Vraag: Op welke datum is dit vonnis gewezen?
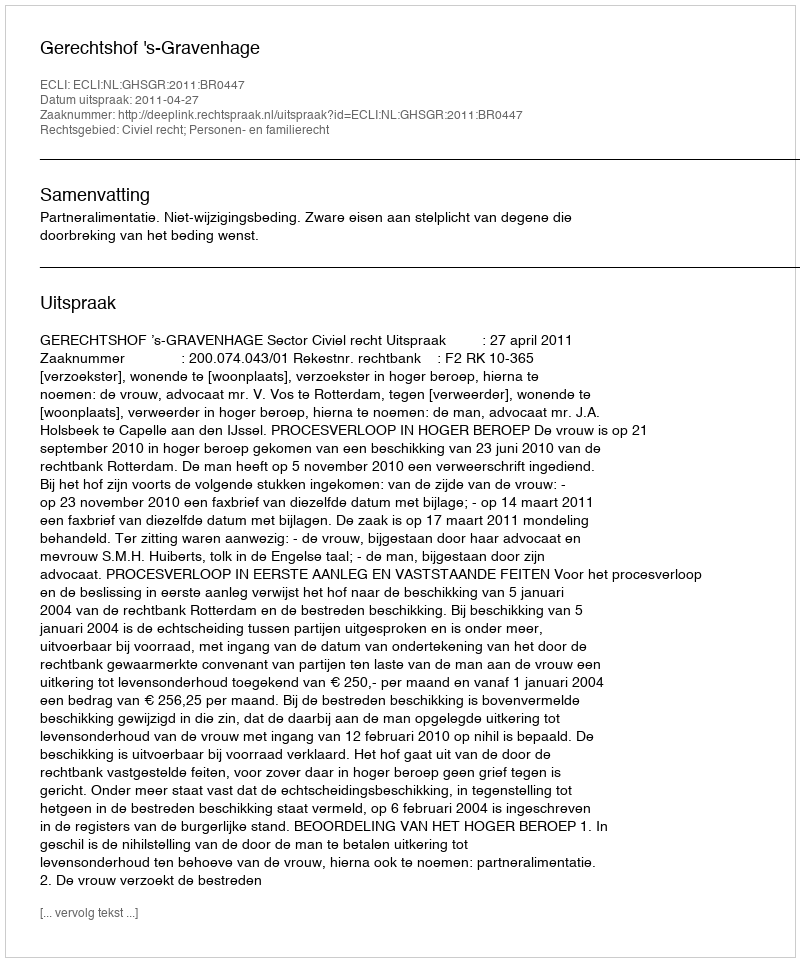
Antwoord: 2011-04-27